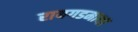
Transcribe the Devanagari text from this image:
रायगडमाथा